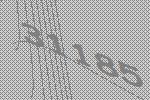
31185